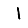
Digit: 1